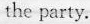
the party.